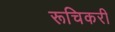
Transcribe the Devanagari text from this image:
रूचिकरी